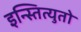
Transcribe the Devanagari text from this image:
इन्स्तित्युतो